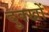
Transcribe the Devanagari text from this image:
दुक्खों